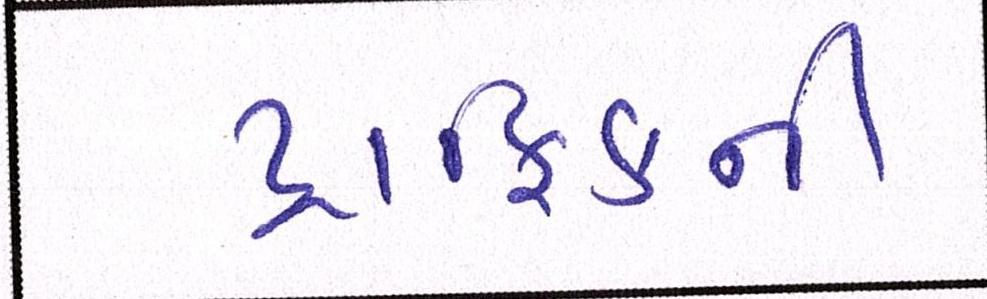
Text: ટ્રાફિકની